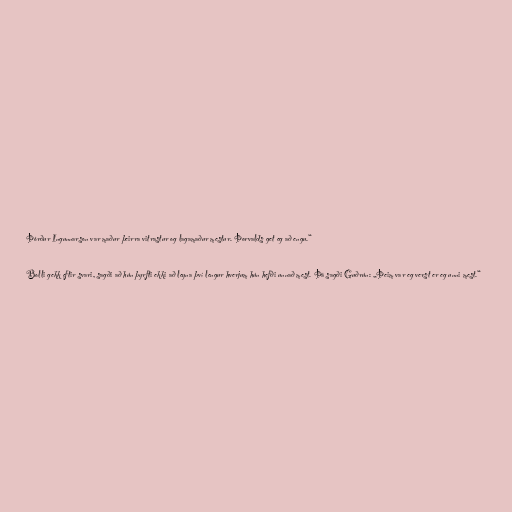
Þórður Ingunnarson var maður þeirra vitrastur og lagamaður mestur. Þorvalds get eg að engu.“

Bolli gekk eftir svari, sagði að hún þyrfti ekki að leyna því lengur hverjum hún hefði unnað mest. Þá sagði Guðrún: „Þeim var eg verst er eg unni mest.“